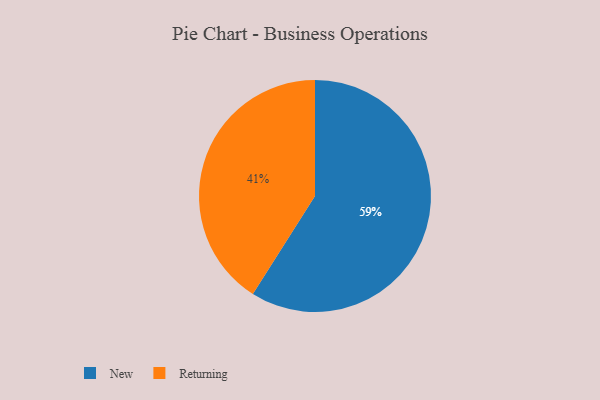
{"axis": {"x": "Category", "y": "Percentage"}, "legend": ["New", "Returning"], "data": [{"x": "Returning", "y": 41, "type": "Returning"}, {"x": "New", "y": 59, "type": "New"}]}